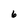
Character: 6